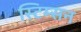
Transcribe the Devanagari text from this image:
स्टिम्सन